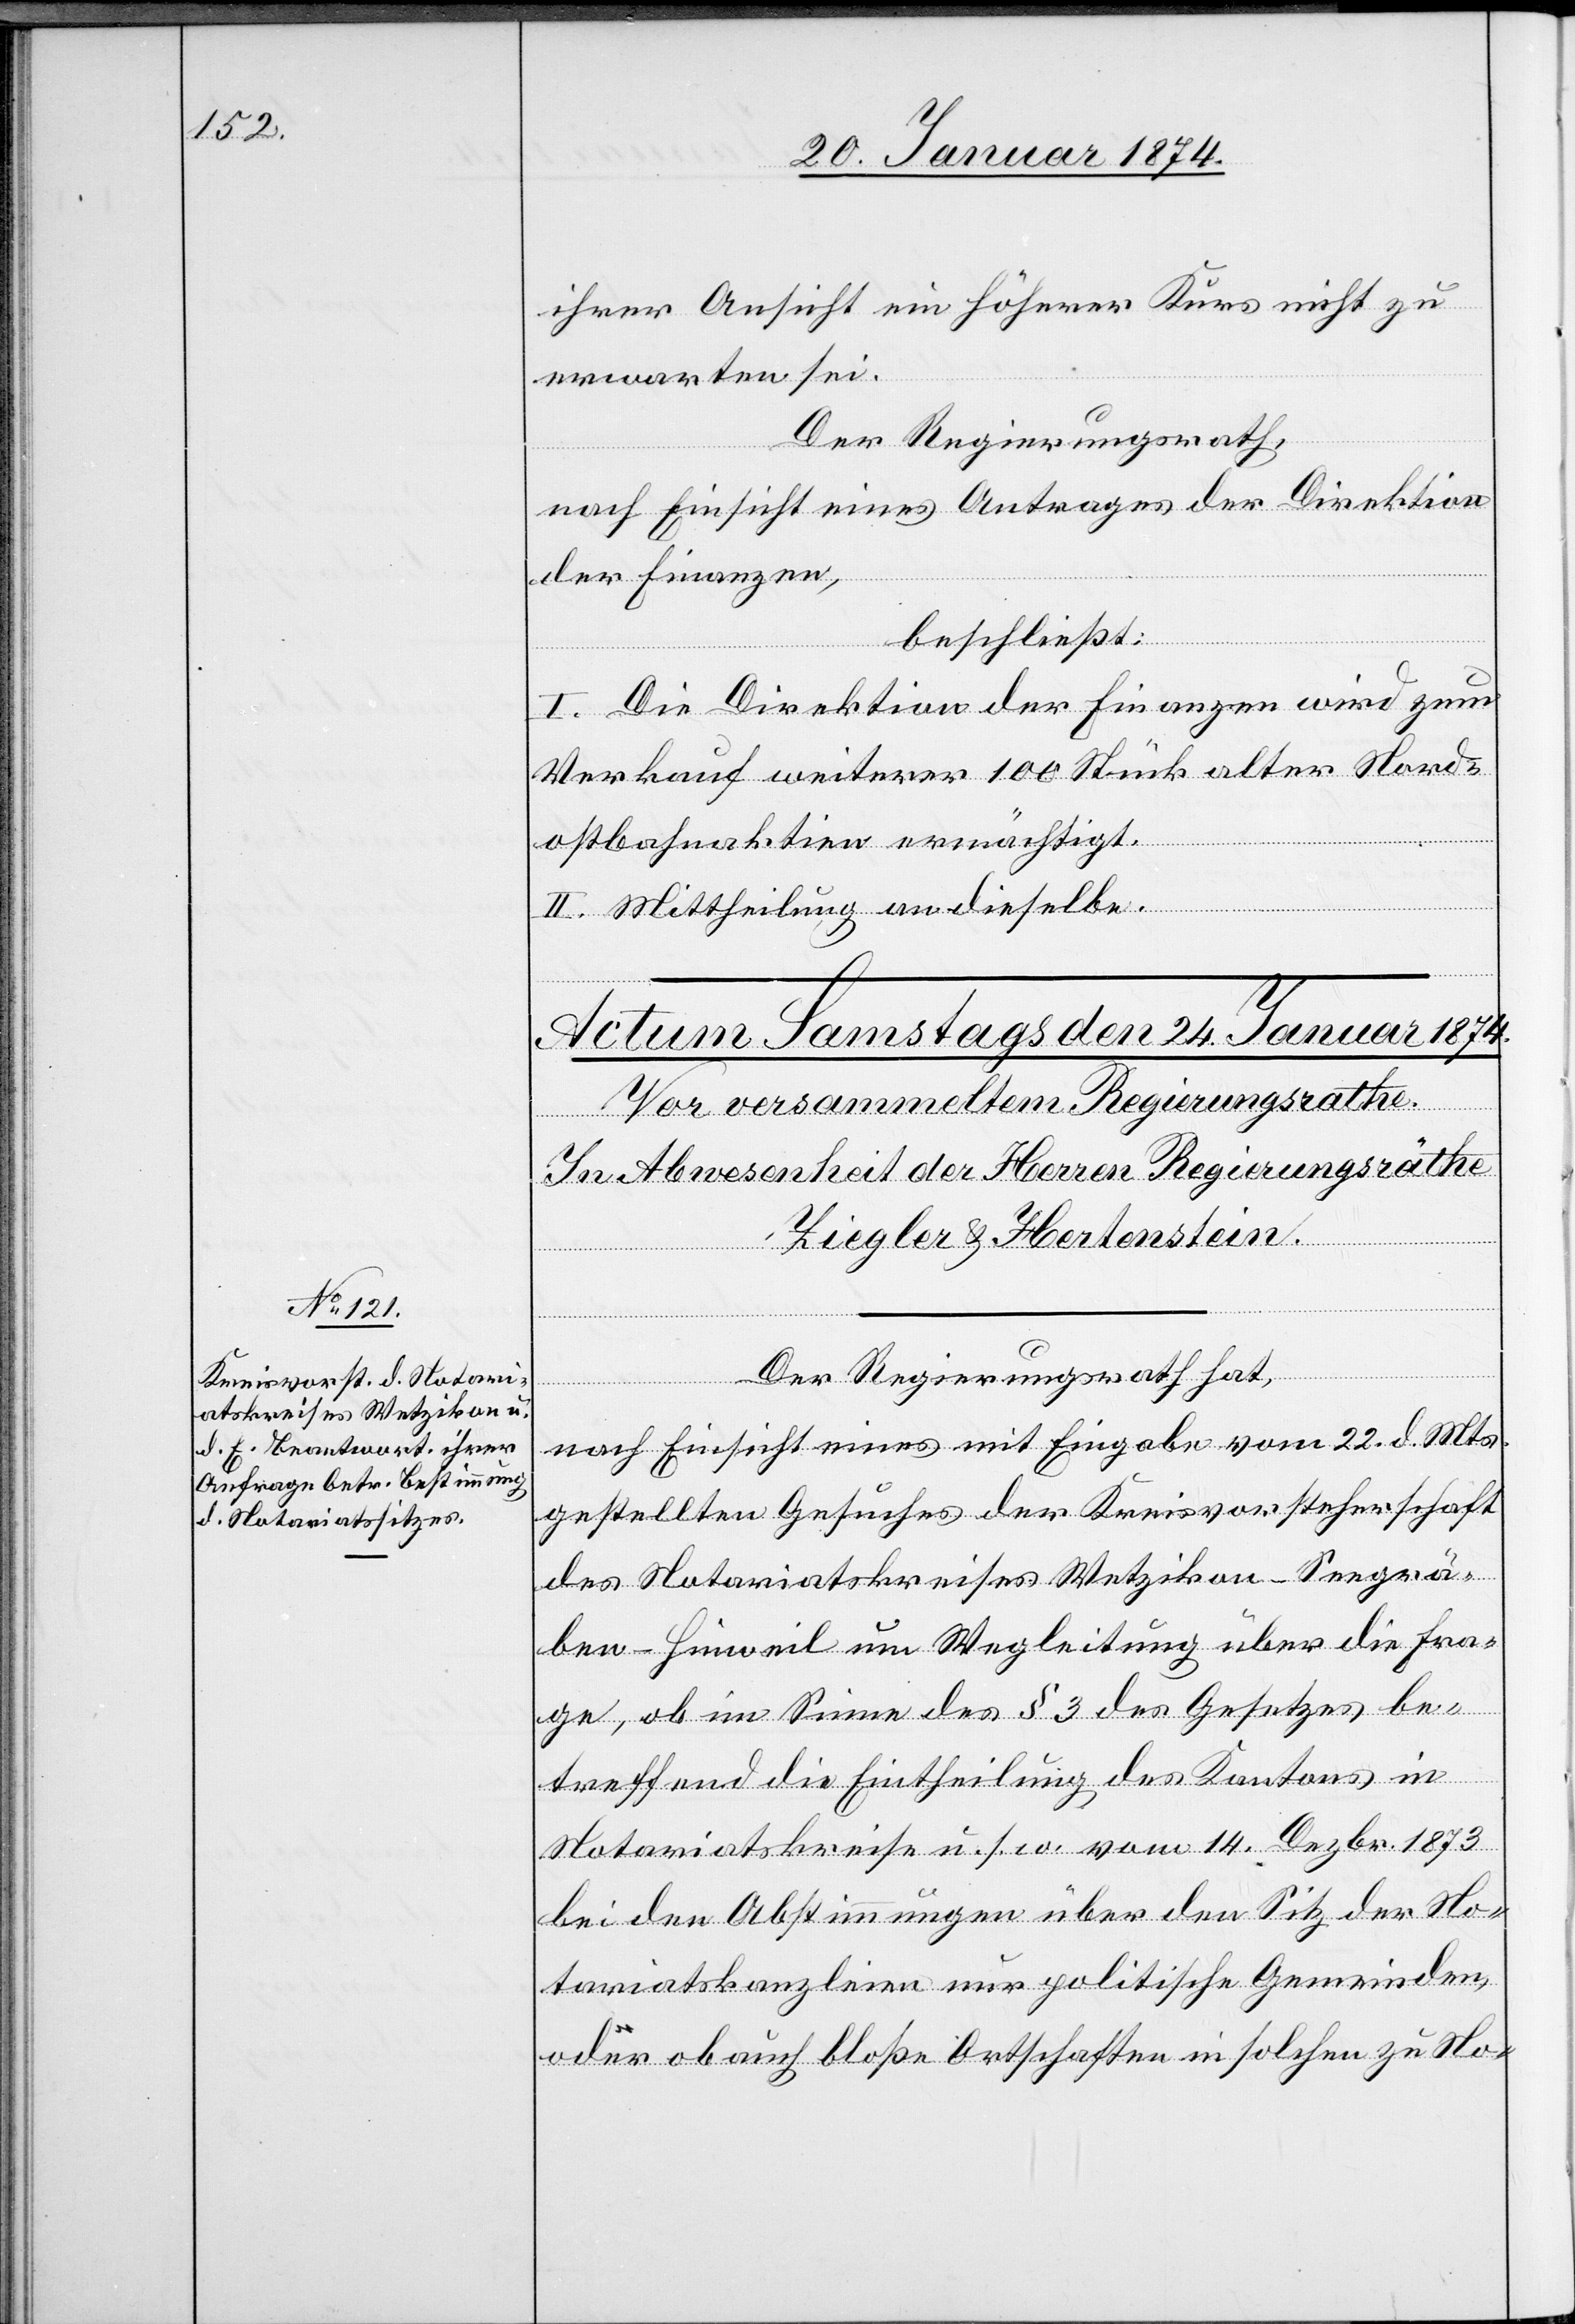
ihrer Ansicht ein höherer Kurs nicht zu
erwarten sei.
Der Regierungsrath,
nach Einsicht eines Antrages der Direktion
der Finanzen,
beschließt:
I. Die Direktion der Finanzen wird zum
Verkauf weiterer 100 Stück alter Nord¬
ostbahnaktien ermächtigt.
II. Mittheilung an dieselbe.
Der Regierungsrath hat,
nach Einsicht eines mit Eingabe vom 22. d. Mts.
gestellten Gesuches der Kreisvorsteherschaft
des Notariatskreises Wetzikon-Seegrä¬
ben-Hinweil um Wegleitung über die Fra¬
ge, ob im Sinne des § 3 des Gesetzes be¬
treffend die Eintheilung des Kantons in
Notariatskreise u. s. w. vom 14. Dezbr. 1873
bei den Abstimmungen über den Sitz der No¬
tariatskanzleien nur politische Gemeinden
oder ob auch bloße Ortschaften in solchen zu No-